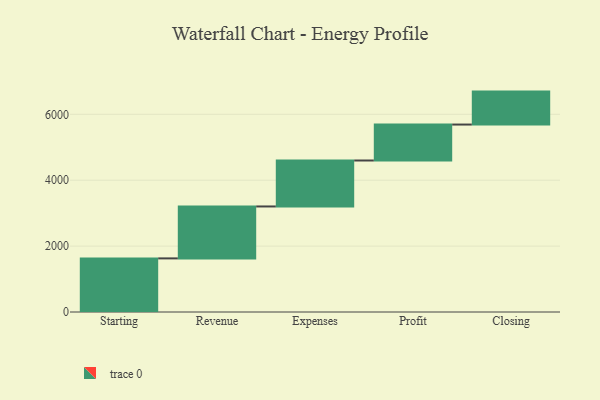
{"axis": {"x": "Step", "y": "Value"}, "legend": [""], "data": [{"x": "Starting", "y": 1627.0, "type": ""}, {"x": "Revenue", "y": 1576.0, "type": ""}, {"x": "Expenses", "y": 1395.0, "type": ""}, {"x": "Profit", "y": 1091.0, "type": ""}, {"x": "Closing", "y": 1000, "type": ""}]}